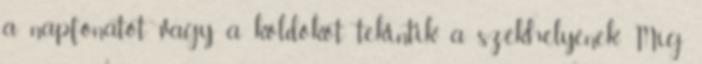
a napfonatot vagy a köldököt tekintik a székhelyének. Míg